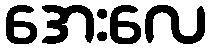
အေးလေ